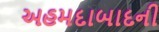
અહમદાબાદની